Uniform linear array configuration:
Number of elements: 16
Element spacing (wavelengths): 0.5
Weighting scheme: hamming
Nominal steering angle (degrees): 15
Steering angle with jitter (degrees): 16.433
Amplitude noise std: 0.05
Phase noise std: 0.05

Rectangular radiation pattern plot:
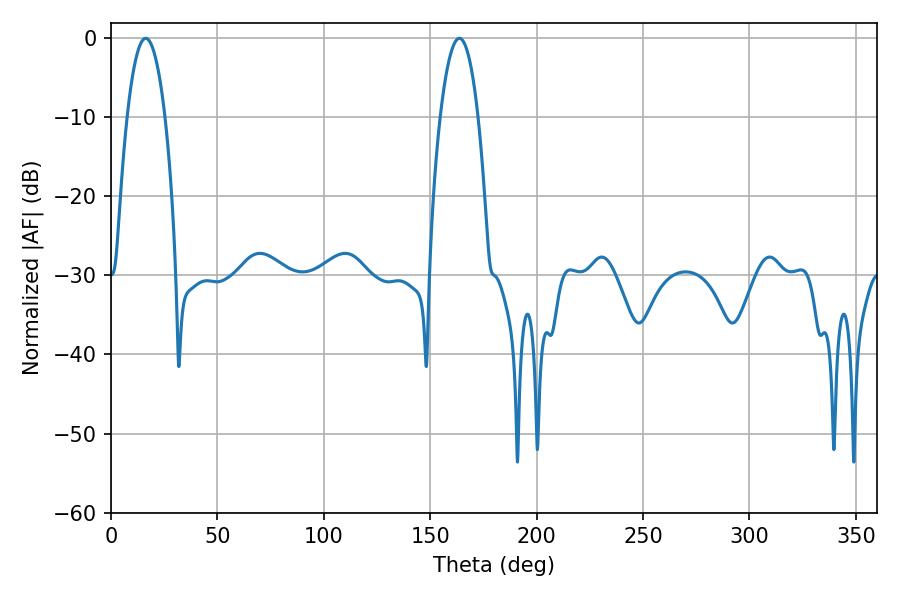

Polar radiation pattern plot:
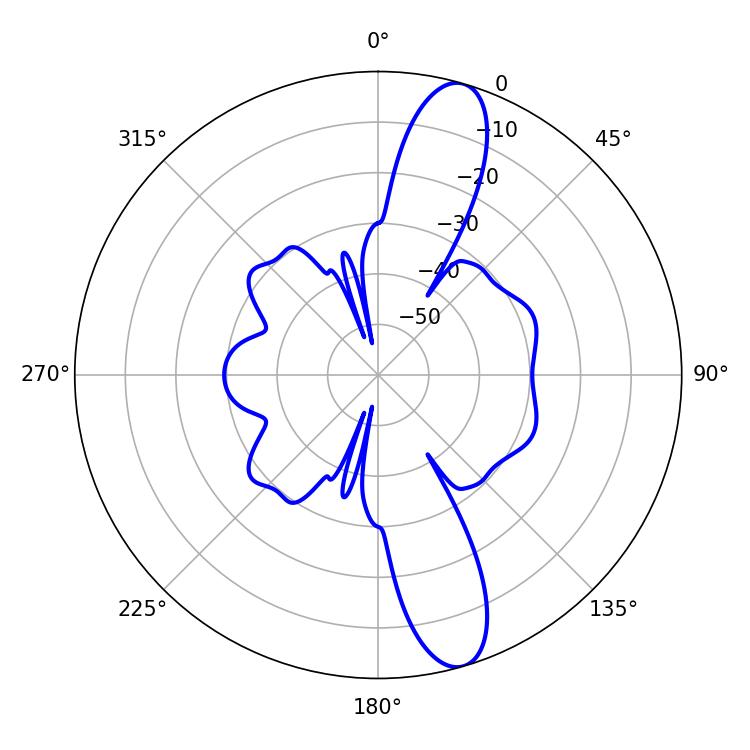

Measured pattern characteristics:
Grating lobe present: FALSE
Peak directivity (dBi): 12.834
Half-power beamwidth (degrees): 9.9
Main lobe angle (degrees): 16.38